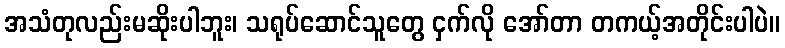
အသံတုလည်းမဆိုးပါဘူး၊ သရုပ်ဆောင်သူတွေ ငှက်လို အော်တာ တကယ့်အတိုင်းပါပဲ။